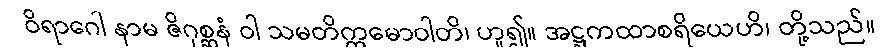
ဝိရာဂေါ နာမ ဇိဂုစ္ဆနံ ဝါ သမတိက္ကမောဝါတိ၊ ဟူ၍။ အဋ္ဌကထာစရိယေဟိ၊ တို့သည်။